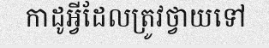
កាដូអ្វីដែលត្រូវថ្វាយទៅ